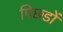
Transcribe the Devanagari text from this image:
पिछडों